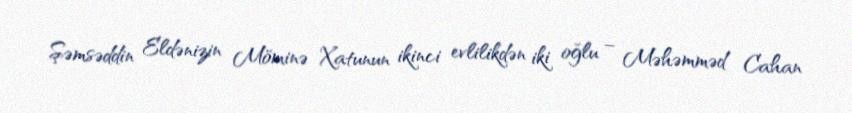
Şəmsəddin Eldənizin Möminə Xatunun ikinci evlilikdən iki oğlu – Məhəmməd Cahan